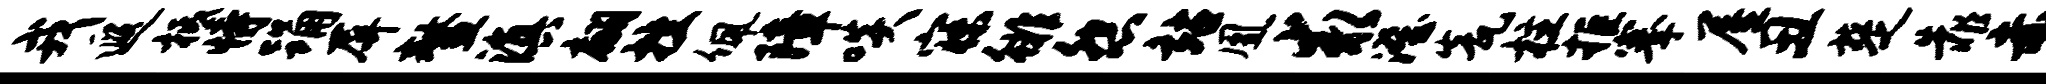
戎遐柢恃踊屏鳌滇翩挫佩障啖寐徘怨站凰求澄瓮柱拒搴屋丑楚靠赤槛